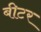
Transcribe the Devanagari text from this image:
बीटर